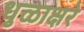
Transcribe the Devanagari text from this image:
धुळाक्षरे